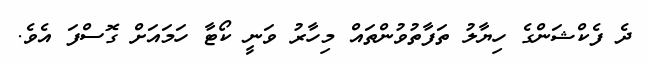
ދެ ފެކްޝަންގެ ހިޔާލު ތަފާތުވުންތައް މިހާރު ވަނީ ކޯޓާ ހަމައަށް ގޮސްފަ އެވެ.